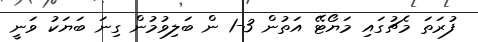
ފުރަތަ މެޗުގައި މަޔޯޓޭ އަތުން 3-1 ން ބަލިވުމުން ގިނަ ބަޔަކު ވަނީ